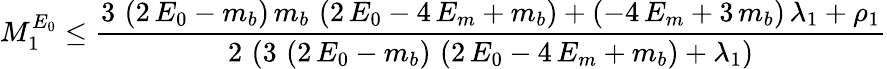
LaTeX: M_{1}^{E_{0}}\leq{\frac{3\, \left(2\, E_{0}-m_{b}\right)\, m_{b}\, \left(2\, E_{0}-4\, E_{m}+m_{b}\right)+\left(-4\, E_{m}+3\, m_{b}\right)\, {{\lambda}_{1}}+{{\rho}_{1}}}{2\, \left(3\, \left(2\, E_{0}-m_{b}\right)\, \left(2\, E_{0}-4\, E_{m}+m_{b}\right)+{{\lambda}_{1}}\right)}}